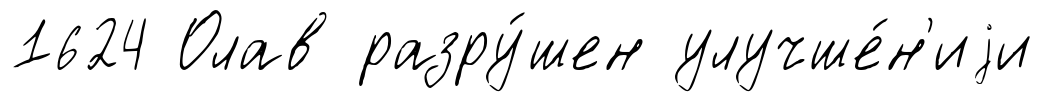
1624 Олав разру́шен улучше́н'иjи